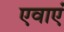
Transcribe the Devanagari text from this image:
एवाएं